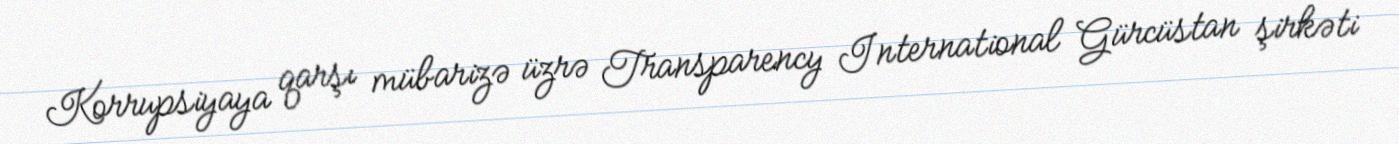
Korrupsiyaya qarşı mübarizə üzrə Transparency International Gürcüstan şirkəti